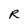
Character: R